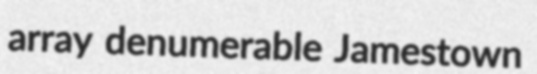
array denumerable Jamestown